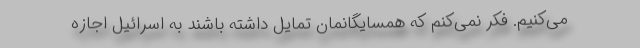
می‌کنیم. فکر نمی‌کنم که همسایگانمان تمایل داشته باشند به اسرائیل اجازه